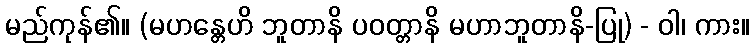
မည်ကုန်၏။ (မဟန္တေဟိ ဘူတာနိ ပဝတ္တာနိ မဟာဘူတာနိ-ပြု) - ဝါ၊ ကား။